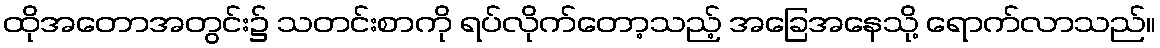
ထိုအတောအတွင်း၌ သတင်းစာကို ရပ်လိုက်တော့သည့် အခြေအနေသို့ ရောက်လာသည်။